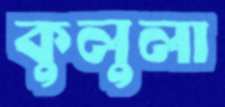
কুলুলা